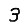
Digit: 3